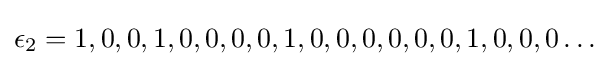
\epsilon _{2}=1,0,0,1,0,0,0,0,1,0,0,0,0,0,0,1,0,0,0\ldots